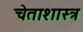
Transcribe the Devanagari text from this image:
चेताशास्त्र